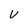
Character: V